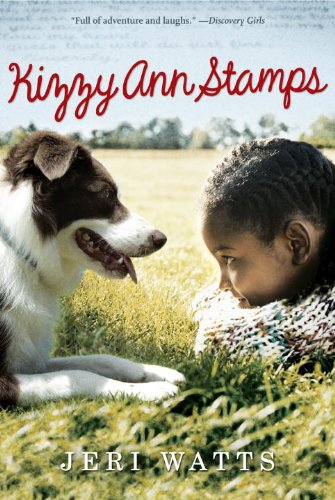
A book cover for Kizzy Ann Stamps; Jeri Watts; Children's Books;